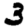
Digit: 3